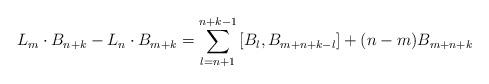
LaTeX: \begin{align*}L_m\cdot B_{n+k}- L_n\cdot B_{m+k} = \sum_{l=n+1}^{n+k-1} \left[B_l,B_{m+n+k-l}\right] + (n-m)B_{m+n+k} \end{align*}